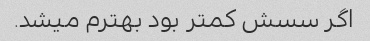
اگر سسش کمتر بود بهترم میشد.